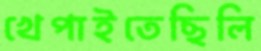
খেপাইতেছিলি